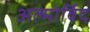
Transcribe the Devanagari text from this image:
अल्मोर्विद